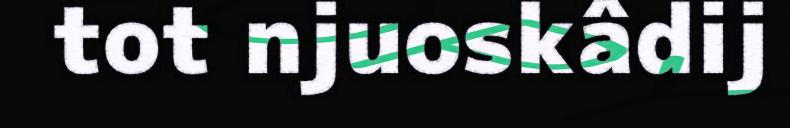
tot njuoskâdij